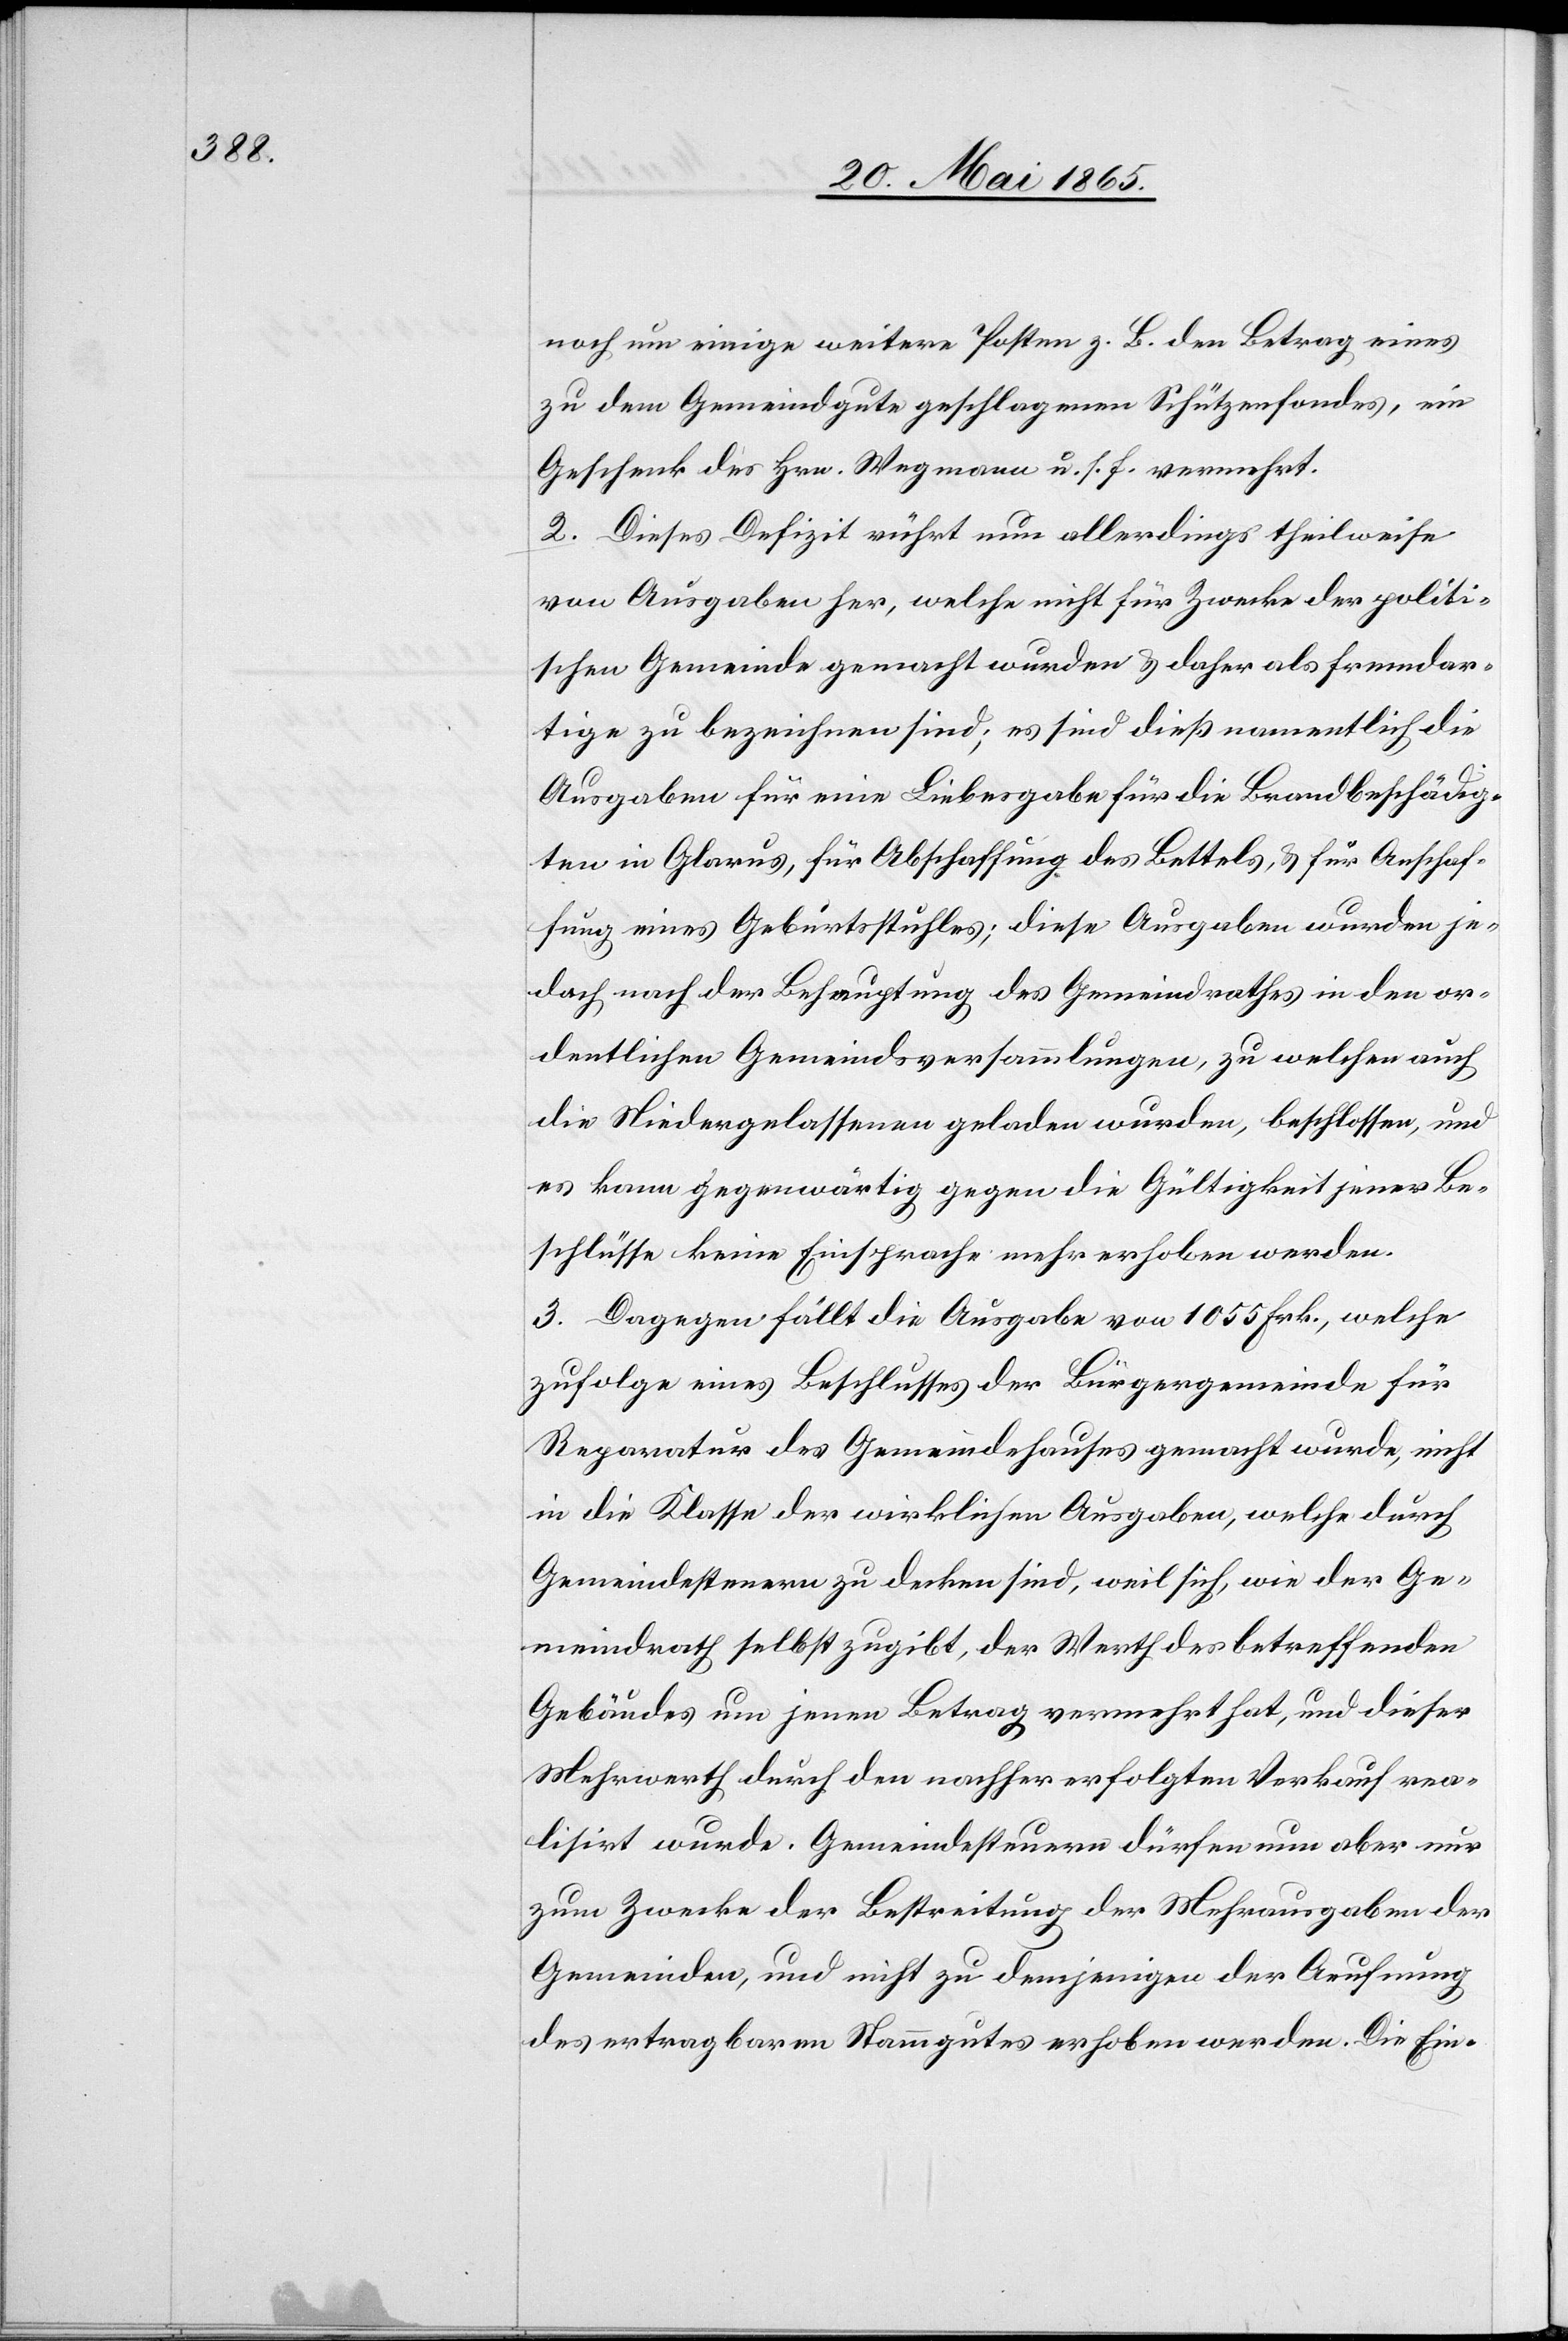
noch um einige weitere Posten z. B. den Betrag eines
zu dem Gemeindgute geschlagenen Schützenfondes, ein
Geschenk des Hrn. Wegmann u. s. f. vermehrt.
2. Dieses Defizit rührt nun allerdings theilweise
von Ausgaben her, welche nicht für Zwecke der politi¬
schen Gemeinde gemacht wurden & daher als fremdar¬
tige zu bezeichnen sind; es sind dieß namentlich die
Ausgaben für eine Liebesgabe für die Brandbeschädig¬
ten in Glarus, für Abschaffung des Bettels, & für Anschaf¬
fung eines Geburtsstuhles; diese Ausgaben wurden je¬
doch nach der Behauptung des Gemeindrathes in den or¬
dentlichen Gemeindsversammlungen, zu welchen auch
die Niedergelassenen geladen wurden, beschlossen, und
es kann gegenwärtig gegen die Gültigkeit jener Be¬
schlüsse keine Einsprache mehr erhoben werden.
3. Dagegen fällt die Ausgabe von 1055 Frk., welche
zufolge eines Beschlusses der Bürgergemeinde für
Reparatur des Gemeindehauses gemacht wurde, nicht
in die Klasse der wirklichen Ausgaben, welche durch
Gemeindesteuern zu decken sind, weil sich, wie der Ge¬
meindrath selbst zugibt, der Werth des betreffenden
Gebäudes um jenen Betrag vermehrt hat, und dieser
Mehrwerth durch den nachher erfolgten Verkauf rea¬
lisirt wurde. Gemeindesteuern dürfen nun aber nur
zum Zwecke der Bestreitung der Mehrausgaben der
Gemeinden, und nicht zu demjenigen der Aeufnung
des ertragbaren Stammgutes erhoben werden. Die Ein-